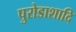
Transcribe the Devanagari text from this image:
पुरोडाशादि